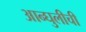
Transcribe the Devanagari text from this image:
आन्घुलीची